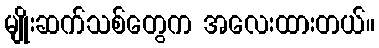
မျိုးဆက်သစ်တွေက အလေးထားတယ်။